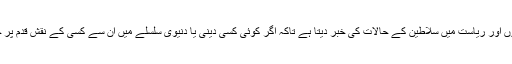
انبیاء کی سیرتوں پر آگاہ کرتا ہے اور حکومتوں اور ریاست میں سلاطین کے حالات کی خبر دیتا ہے تاکہ اگر کوئی کسی دینی یا دنیوی سلسلے میں ان سے کسی کے نقش قدم پر چلنا چاہئے تو اسے پورا پورا فائدہ حاصل ہو‘‘۔